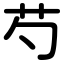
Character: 芍